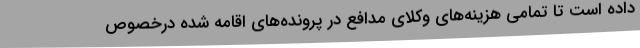
داده است تا تمامی هزینه‌های وکلای مدافع در پرونده‌های اقامه شده درخصوص